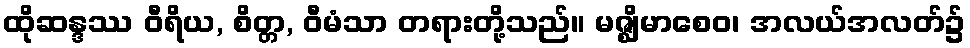
ထိုဆန္ဒဿ ဝီရိယ, စိတ္တ, ဝီမံသာ တရားတို့သည်။ မဇ္ဈိမာစေဝ၊ အလယ်အလတ်၌